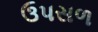
ઉપસળ